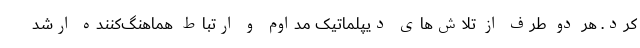
کرد. هر دو طرف از تلاش‌های دیپلماتیک مداوم و ارتباط هماهنگ‌کننده ارشد